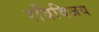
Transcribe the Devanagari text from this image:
रविविजय